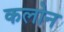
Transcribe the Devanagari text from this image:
कलोन